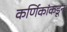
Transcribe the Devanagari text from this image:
कर्णिकांकडून